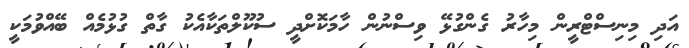
އަދި މިނިސްޓްރީން މިހާރު ގެންގުޅޭ ވިސްނުން ހާމަކޮށްދީ ސުކޫލްތަކާއެކު ގާތް ގުޅުމެއް ބޭއްވުމަކީ